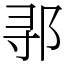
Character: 𬩽